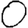
Digit: 0